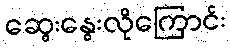
ဆွေးနွေးလိုကြောင်း